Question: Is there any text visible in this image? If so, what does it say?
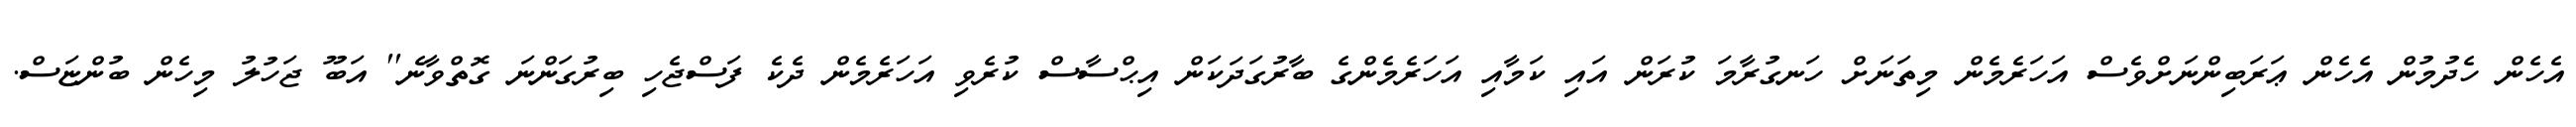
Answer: އެހެން ހެދުމުން އެހެން ޢަރަބިންނަށްވެސް އަހަރެމެން މިތަނަށް ހަނގުރާމަ ކުރަން އައި ކަމާއި އަހަރެމެންގެ ބާރުގަދަކަން އިޙްސާސް ކުރެވި އަހަރެމެން ދެކެ ފަސްޖެހި ބިރުގަންނަ ގޮތްވާނެ'' އަބޫ ޖަހުލު މިހެން ބުންޏަސް.